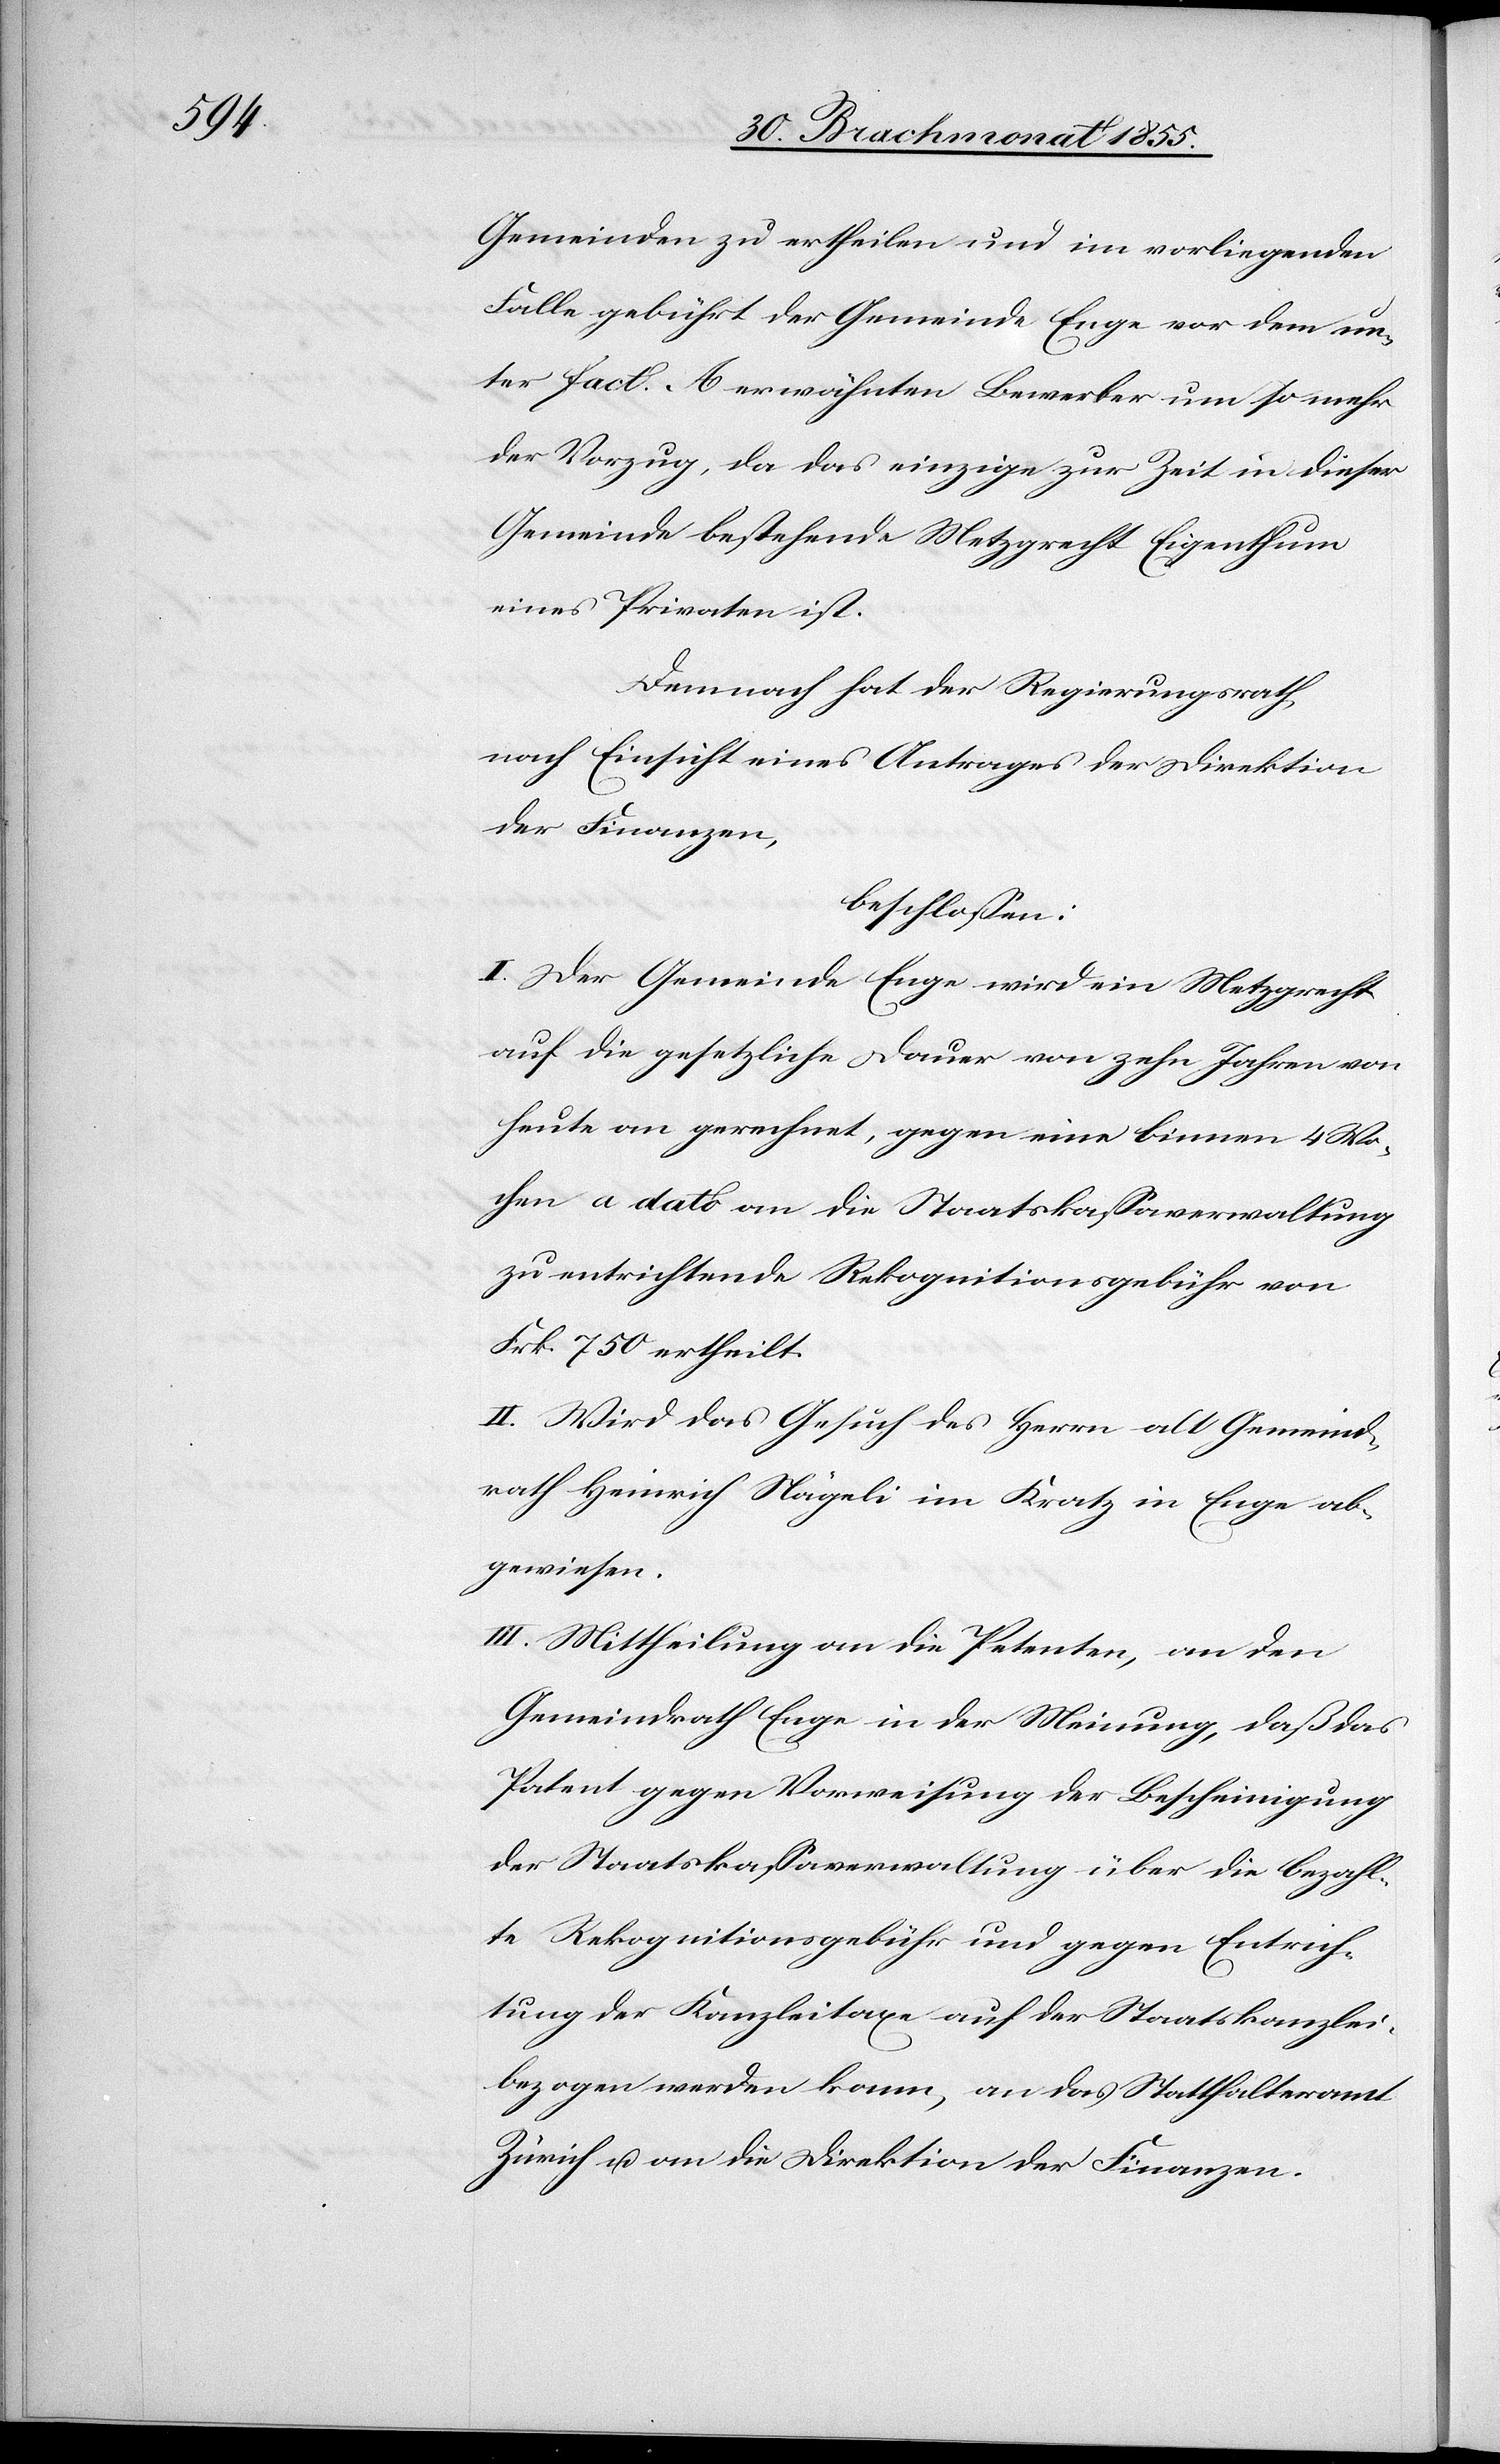
Gemeinden zu ertheilen und im vorliegenden
Falle gebührt der Gemeinde Enge vor dem un¬
ter Fact. A erwähnten Bewerber um so mehr
der Vorzug, da das einzige zur Zeit in dieser
Gemeinde bestehende Metzgrecht Eigenthum
eines Privaten ist.
Demnach hat der Regierungsrath,
nach Einsicht eines Antrages der Direktion
der Finanzen,
beschlossen:
I. Der Gemeinde Enge wird ein Metzgrecht
auf die gesetzliche Dauer von zehn Jahren von
heute an gerechnet, gegen eine binnen 4 Wo¬
chen a dato an die Staatskassaverwaltung
zu entrichtende Rekognitionsgebühr von
Frk. 750 ertheilt.
II. Wird das Gesuch des Herrn alt Gemeind¬
rath Heinrich Nägeli im Kratz in Enge ab¬
gewiesen.
III. Mittheilung an die Petenten, an den
Gemeindrath Enge in der Meinung, daß das
Patent gegen Vorweisung der Bescheinigung
der Staatskassaverwaltung über die bezahl¬
te Rekognitionsgebühr und gegen Entrich¬
tung der Kanzleitaxe auf der Staatskanzlei
bezogen werden kann, an das Statthalteramt
Zürich u. an die Direktion der Finanzen.